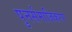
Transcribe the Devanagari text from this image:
पुनर्समाजिकरण